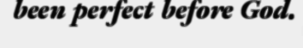
been perfect before God.